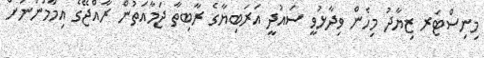
މިނިސްޓަރ ޒިޔާދު މިހެން ވިދާޅުވީ ސައުދީ އަރަބިޔާގެ ރާބިތާ ޖަމާއަތުން ރާއްޖޭގެ އިމާމުންނަށް